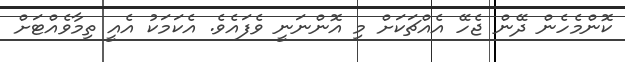
ކޮންމެހެން ދޭން ޖެހޭ އެއްޗަކަށް މި އޮންނަނީ ވެފައެވެ. އެކަމަކު އެއީ ތިމާވެއްޓަށް